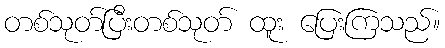
တစ်သုတ်ပြီးတစ်သုတ် ထူး ပြေးကြသည်။